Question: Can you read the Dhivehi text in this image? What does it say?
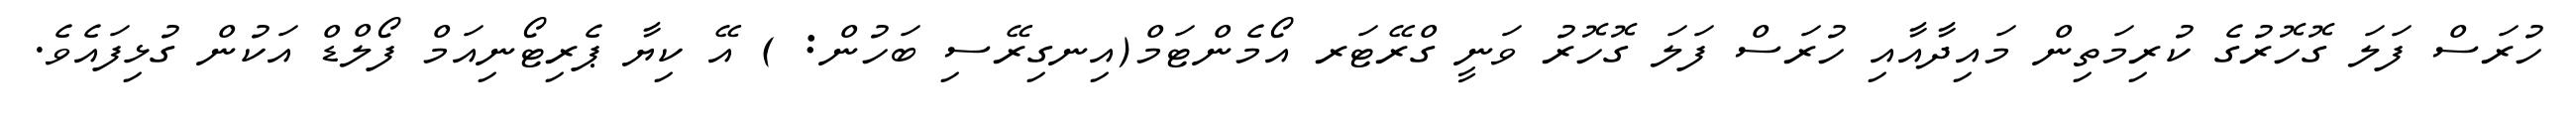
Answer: ހުރަސް ފަލަ ގޮހޮރުގެ ކުރިމަތިން މައިދާއާއި ހުރަސް ފަލަ ގޮހޮރު ވަނީ ގްރޭޓަރ އޯމެންޓަމް(އިނގިރޭސި ބަހުން: ) އޭ ކިޔާ ޕެރިޓޯނިއަމް ފޯލްޑް އަކުން ގުޅިފައެވެ.